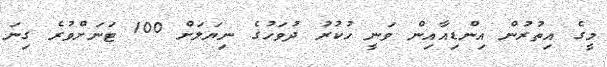
މީގެ އިތުރުން އިންޑިއާއިން ވަނީ ހުކުރު ދުވަހުގެ ނިޔަލަށް 100 ޓަނަށްވުރެ ގިނަ